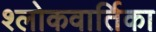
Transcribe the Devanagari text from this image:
श्लोकवार्तिका